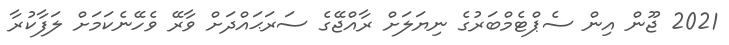
2021 ޖޫން އިން ސެޕްޓެމްބަރުގެ ނިޔަލަށް ރާއްޖޭގެ ސަރަޙައްދަށް ވާރޭ ވެހޭނެކަމަށް ލަފާކުރާ